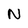
Character: N